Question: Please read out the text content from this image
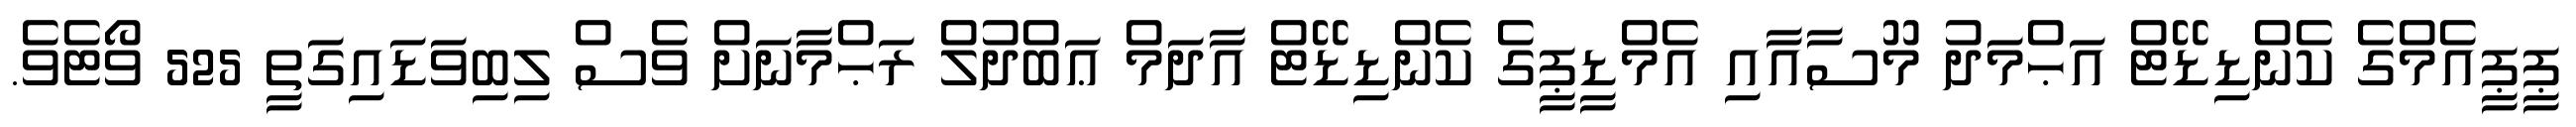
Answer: ޕީޕީއެމްގެ ކެންޑިޑޭޓް އަޙްމަދު މޫސާއާއި އެމްޑީޕީގެ ކެންޑިޑޭޓް އާދަމް ޢަބްދުލް ރަޙްމާނަށް ވެސް ލިބިވަޑައިގަތީ 525 ވޯޓެވެ.